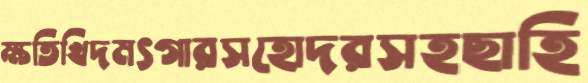
ক্ষতিখিদমৎগারসহোদরসহছাহি